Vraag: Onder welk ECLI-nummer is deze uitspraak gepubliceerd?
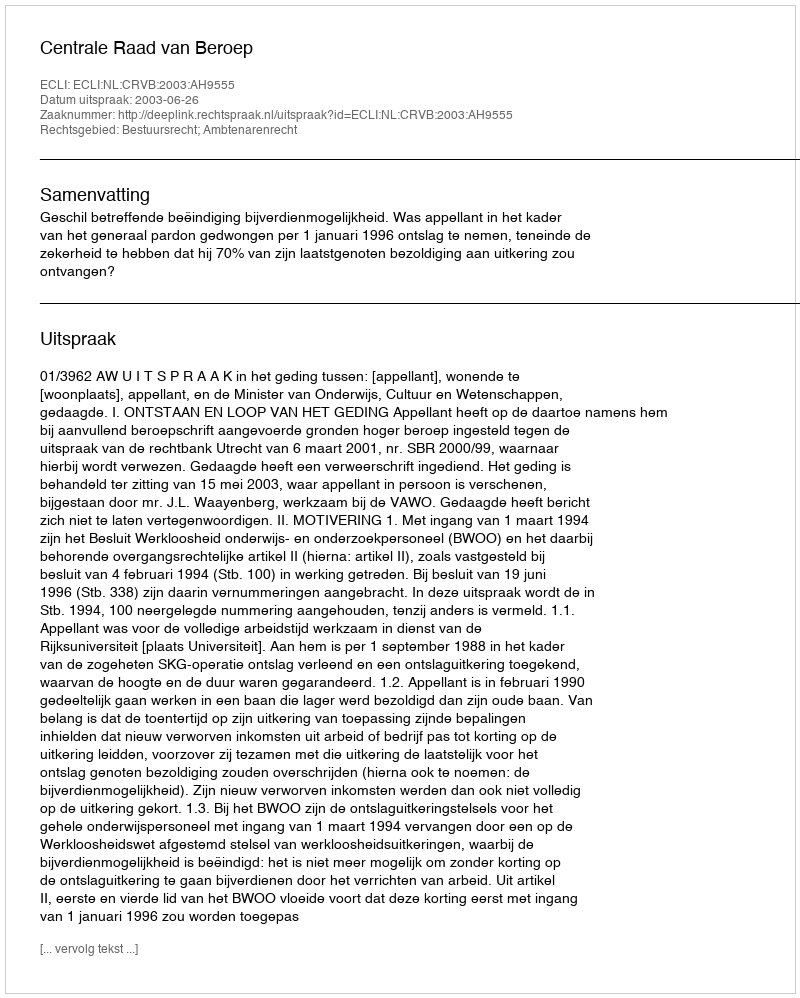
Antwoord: ECLI:NL:CRVB:2003:AH9555